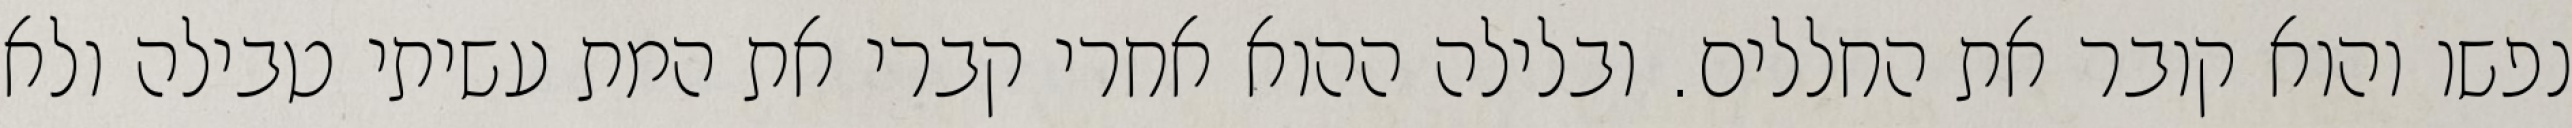
נפשו והוא קובר את החללים. ובלילה ההוא אחרי קברי את המת עשיתי טבילה ולא